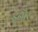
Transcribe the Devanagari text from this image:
इनौर